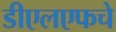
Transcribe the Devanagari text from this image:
डीएलएफचे